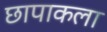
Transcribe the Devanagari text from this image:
छापाकला